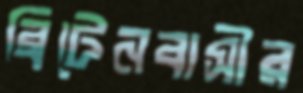
ব্রিটেনবাসীর